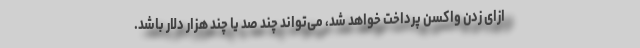
ازای زدن واکسن پرداخت خواهد شد، می‌تواند چند صد یا چند هزار دلار باشد.